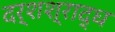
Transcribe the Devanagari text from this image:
दर्शश्राद्ध